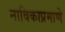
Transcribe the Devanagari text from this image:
नाविकाप्रमाणे